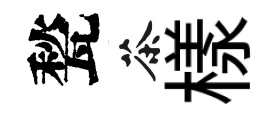
甃茶樣